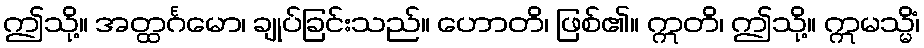
ဤသို့။ အတ္ထင်္ဂမော၊ ချုပ်ခြင်းသည်။ ဟောတိ၊ ဖြစ်၏။ ဣတိ၊ ဤသို့။ ဣမသ္မိံ၊